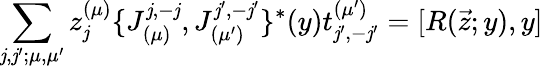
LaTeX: \sum_{\mathit{j},\mathit{j}^{\prime};\mu,\mu^{\prime}}z_{\mathit{j}}^{(\mu)}\{ J_{(\mu)}^{\mathit{j},-\mathit{j}},J_{(\mu^{\prime})}^{\mathit{j}^{\prime},-\mathit{j}^{\prime}}\} ^{*}(y)t_{\mathit{j}^{\prime},-\mathit{j}^{\prime}}^{(\mu^{\prime})}=[R(\vec{{z}};y),y]